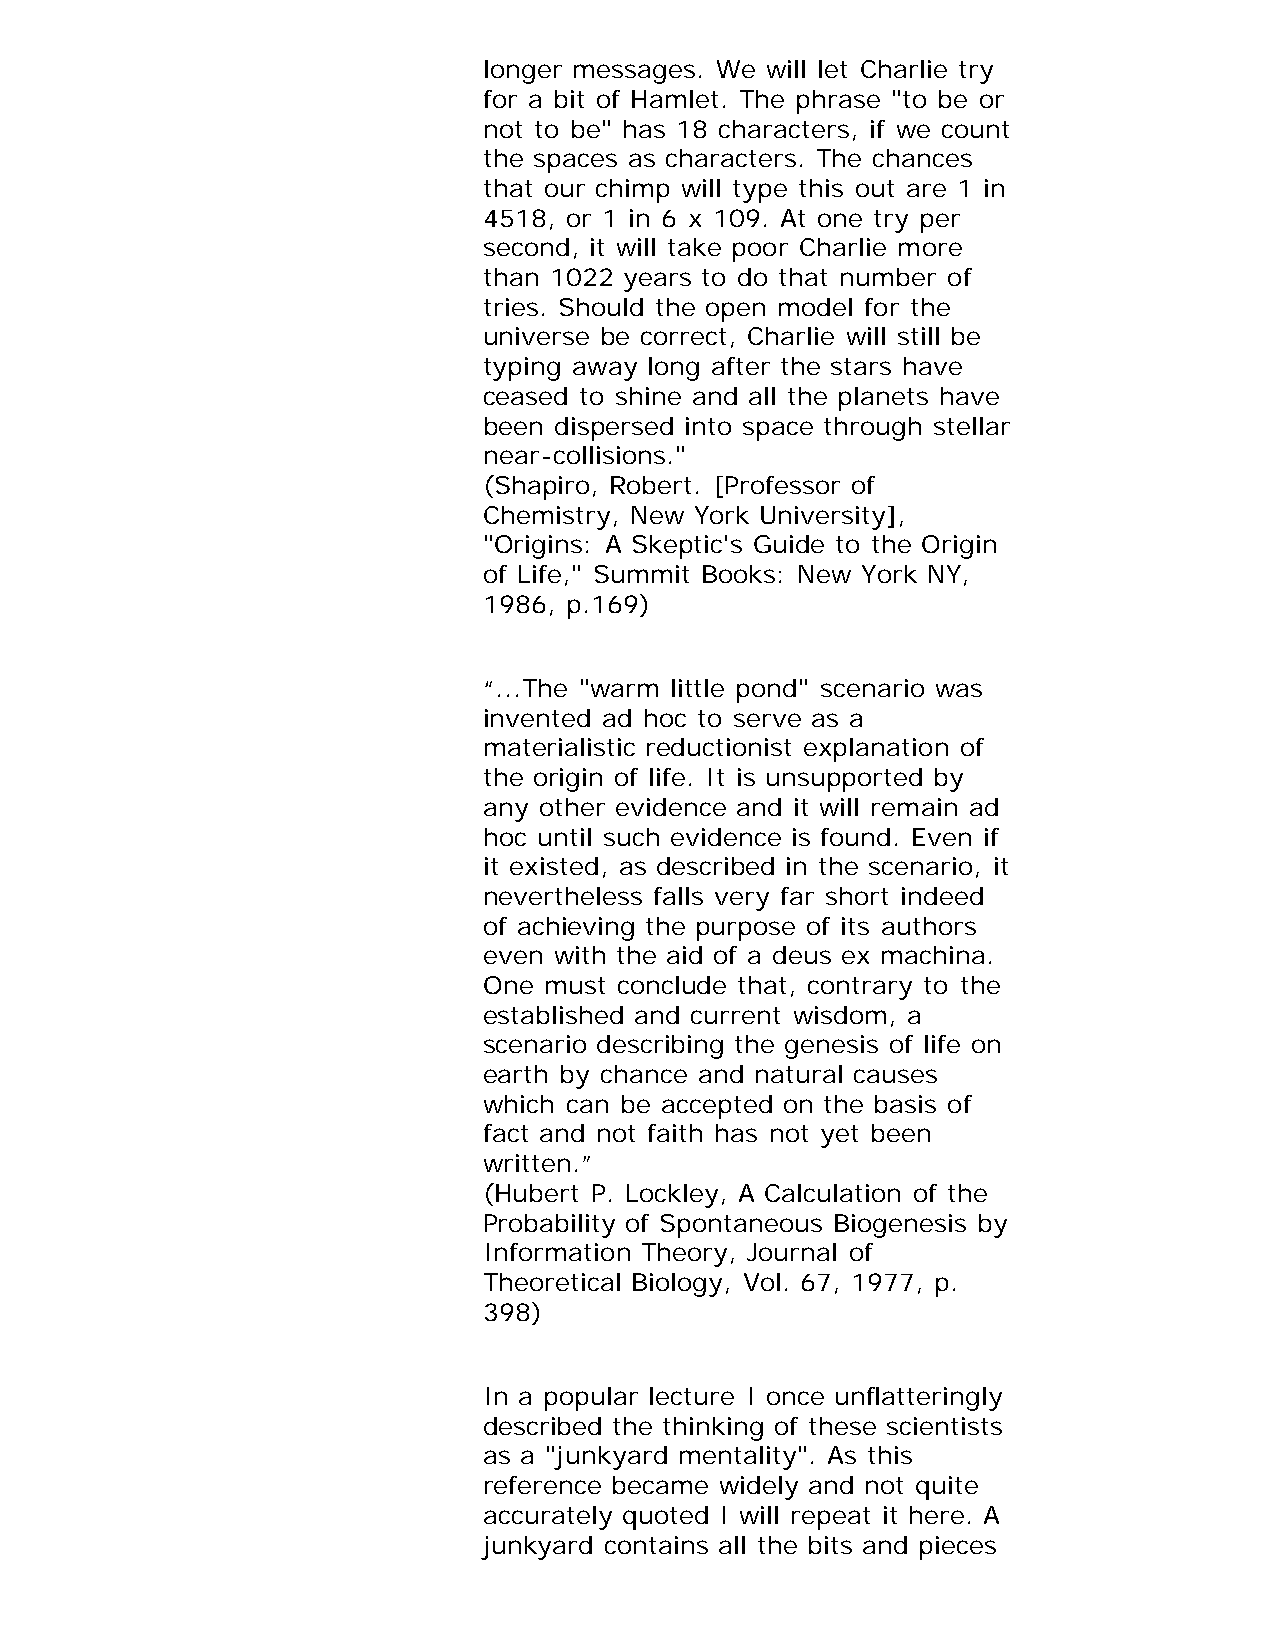
longer messages. We will let Charlie try
 for a bit of Hamlet. The phrase "to be or
 not to be" has 18 characters, if we count
 the spaces as characters. The chances
 that our chimp will type this out are 1 in
 4518, or 1 in 6 x 109. At one try per
 second, it will take poor Charlie more
 than 1022 years to do that number of
 tries. Should the open model for the
 universe be correct, Charlie will still be
 typing away long after the stars have
 ceased to shine and all the planets have
 been dispersed into space through stellar
 near-collisions."
 (Shapiro, Robert. [Professor of
 Chemistry, New York University],
 "Origins: A Skeptic's Guide to the Origin
 of Life," Summit Books: New York NY,
 1986, p.169)
 “...The "warm little pond" scenario was
 invented ad hoc to serve as a
 materialistic reductionist explanation of
 the origin of life. It is unsupported by
 any other evidence and it will remain ad
 hoc until such evidence is found. Even if
 it existed, as described in the scenario, it
 nevertheless falls very far short indeed
 of achieving the purpose of its authors
 even with the aid of a deus ex machina.
 One must conclude that, contrary to the
 established and current wisdom, a
 scenario describing the genesis of life on
 earth by chance and natural causes
 which can be accepted on the basis of
 fact and not faith has not yet been
 written.”
 (Hubert P. Lockley, A Calculation of the
 Probability of Spontaneous Biogenesis by
 Information Theory, Journal of
 Theoretical Biology, Vol. 67, 1977, p.
 398)
 In a popular lecture I once unflatteringly
 described the thinking of these scientists
 as a "junkyard mentality". As this
 reference became widely and not quite
 accurately quoted I will repeat it here. A
 junkyard contains all the bits and pieces